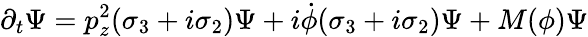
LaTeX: \partial_{t}\Psi=p_{z}^{2}(\sigma_{3}+i\sigma_{2})\Psi+i\dot{\phi}(\sigma_{3}+i\sigma_{2})\Psi+M(\phi)\Psi